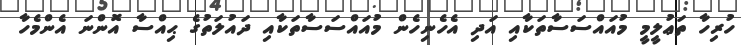
ހުރިހާ ތަޢުލީމީ މުއައްސަސާތަކާއި އަދި އެހެނިހެން މުއައްސަސާތަކާއި ދައުލަތުގެ ޙިއްސާ އޮންނަ އެންމެހާ